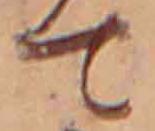
て